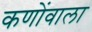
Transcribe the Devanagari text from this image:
कणोंवाला